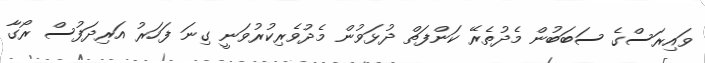
ވައިރަސްގެ ސަބަބުން މެދުތެރޭ ކަންފަތް ދުޅަވުން މެދުވެރިކުރުވަނީ ގިނަ ފަހަރު އަރިދަފުސް ރޯގާ